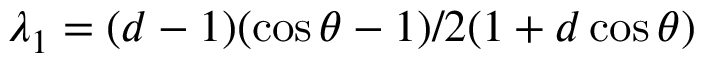
\lambda _ { 1 } = ( d - 1 ) ( \cos \theta - 1 ) / 2 ( 1 + d \cos \theta )